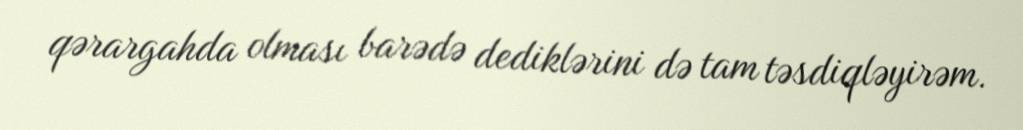
qərargahda olması barədə dediklərini də tam təsdiqləyirəm.